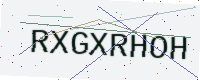
Text: RXGXRHOH